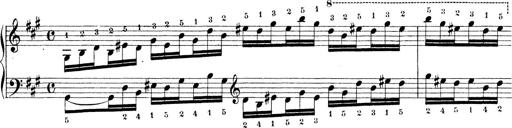
Title: Technische Studien
Composer: Franz Liszt